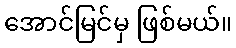
အောင်မြင်မှ ဖြစ်မယ်။